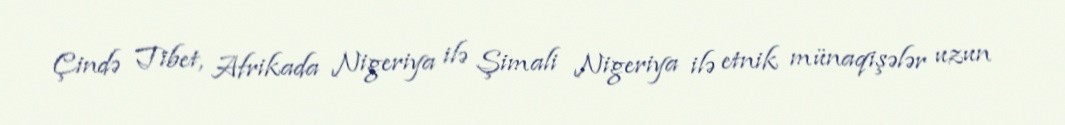
Çində Tibet, Afrikada Nigeriya ilə Şimali Nigeriya ilə etnik münaqişələr uzun